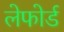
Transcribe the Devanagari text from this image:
लेफोर्ड